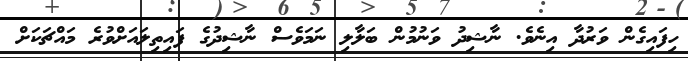
ހިފައިގެން ވަރުދާ އިނެވެ. ނާޝިދު ވަނުމުން ބަލާލި ނަމަވެސް ނާޝިދުގެ ފައިތިލައަށްވުރެ މައްޗަކަށް